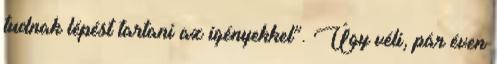
tudnak lépést tartani az igényekkel”. Úgy véli, pár éven